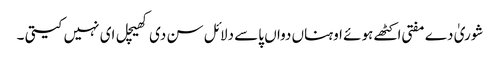
شوریٰ دے مفتی اکٹھے ہوئے اوہناں دواں پاسے دلائل سن دی کھیچل ای نہیں کیتی ۔